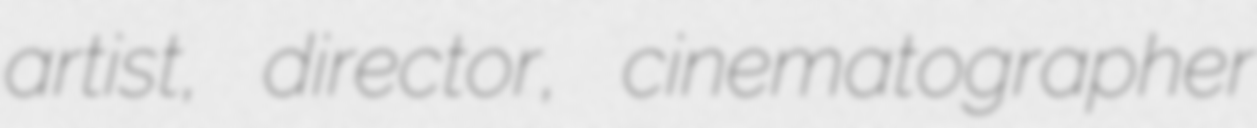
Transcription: artist, director, cinematographer